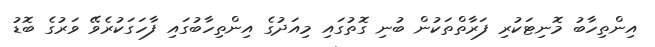
އިންތިހާބު މޮނިޓަކުރި ފަރާތްތަކުން ބުނި ގޮތުގައި މިއަދުގެ އިންތިހާބުގައި ފާހަގަކުރެވޭ ވަރުގެ ބޮޑު